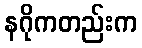
နဂိုကတည်းက